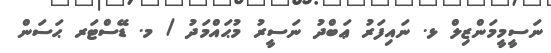
ނަސީމީމަންޒިލް ޅ. ނައިފަރު ޢަބްދު ނަސީރު މުޙައްމަދު / މ. ޑޭސްޓަރ ޙަސަން